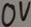
Text: 0V